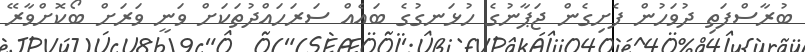
ބުރާސްފަތި ދުވަހުން ފެށިގެން ޖަޕާނުގެ ހުޅަނގުގެ ބައެއް ސަރަހައްދުތަކަށް ވަނީ ވަރަށް ބޯކޮށްވާރޭ